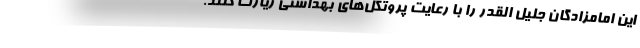
این امامزادگان جلیل القدر را با رعایت پروتکل‌های بهداشتی زیارت کنند.